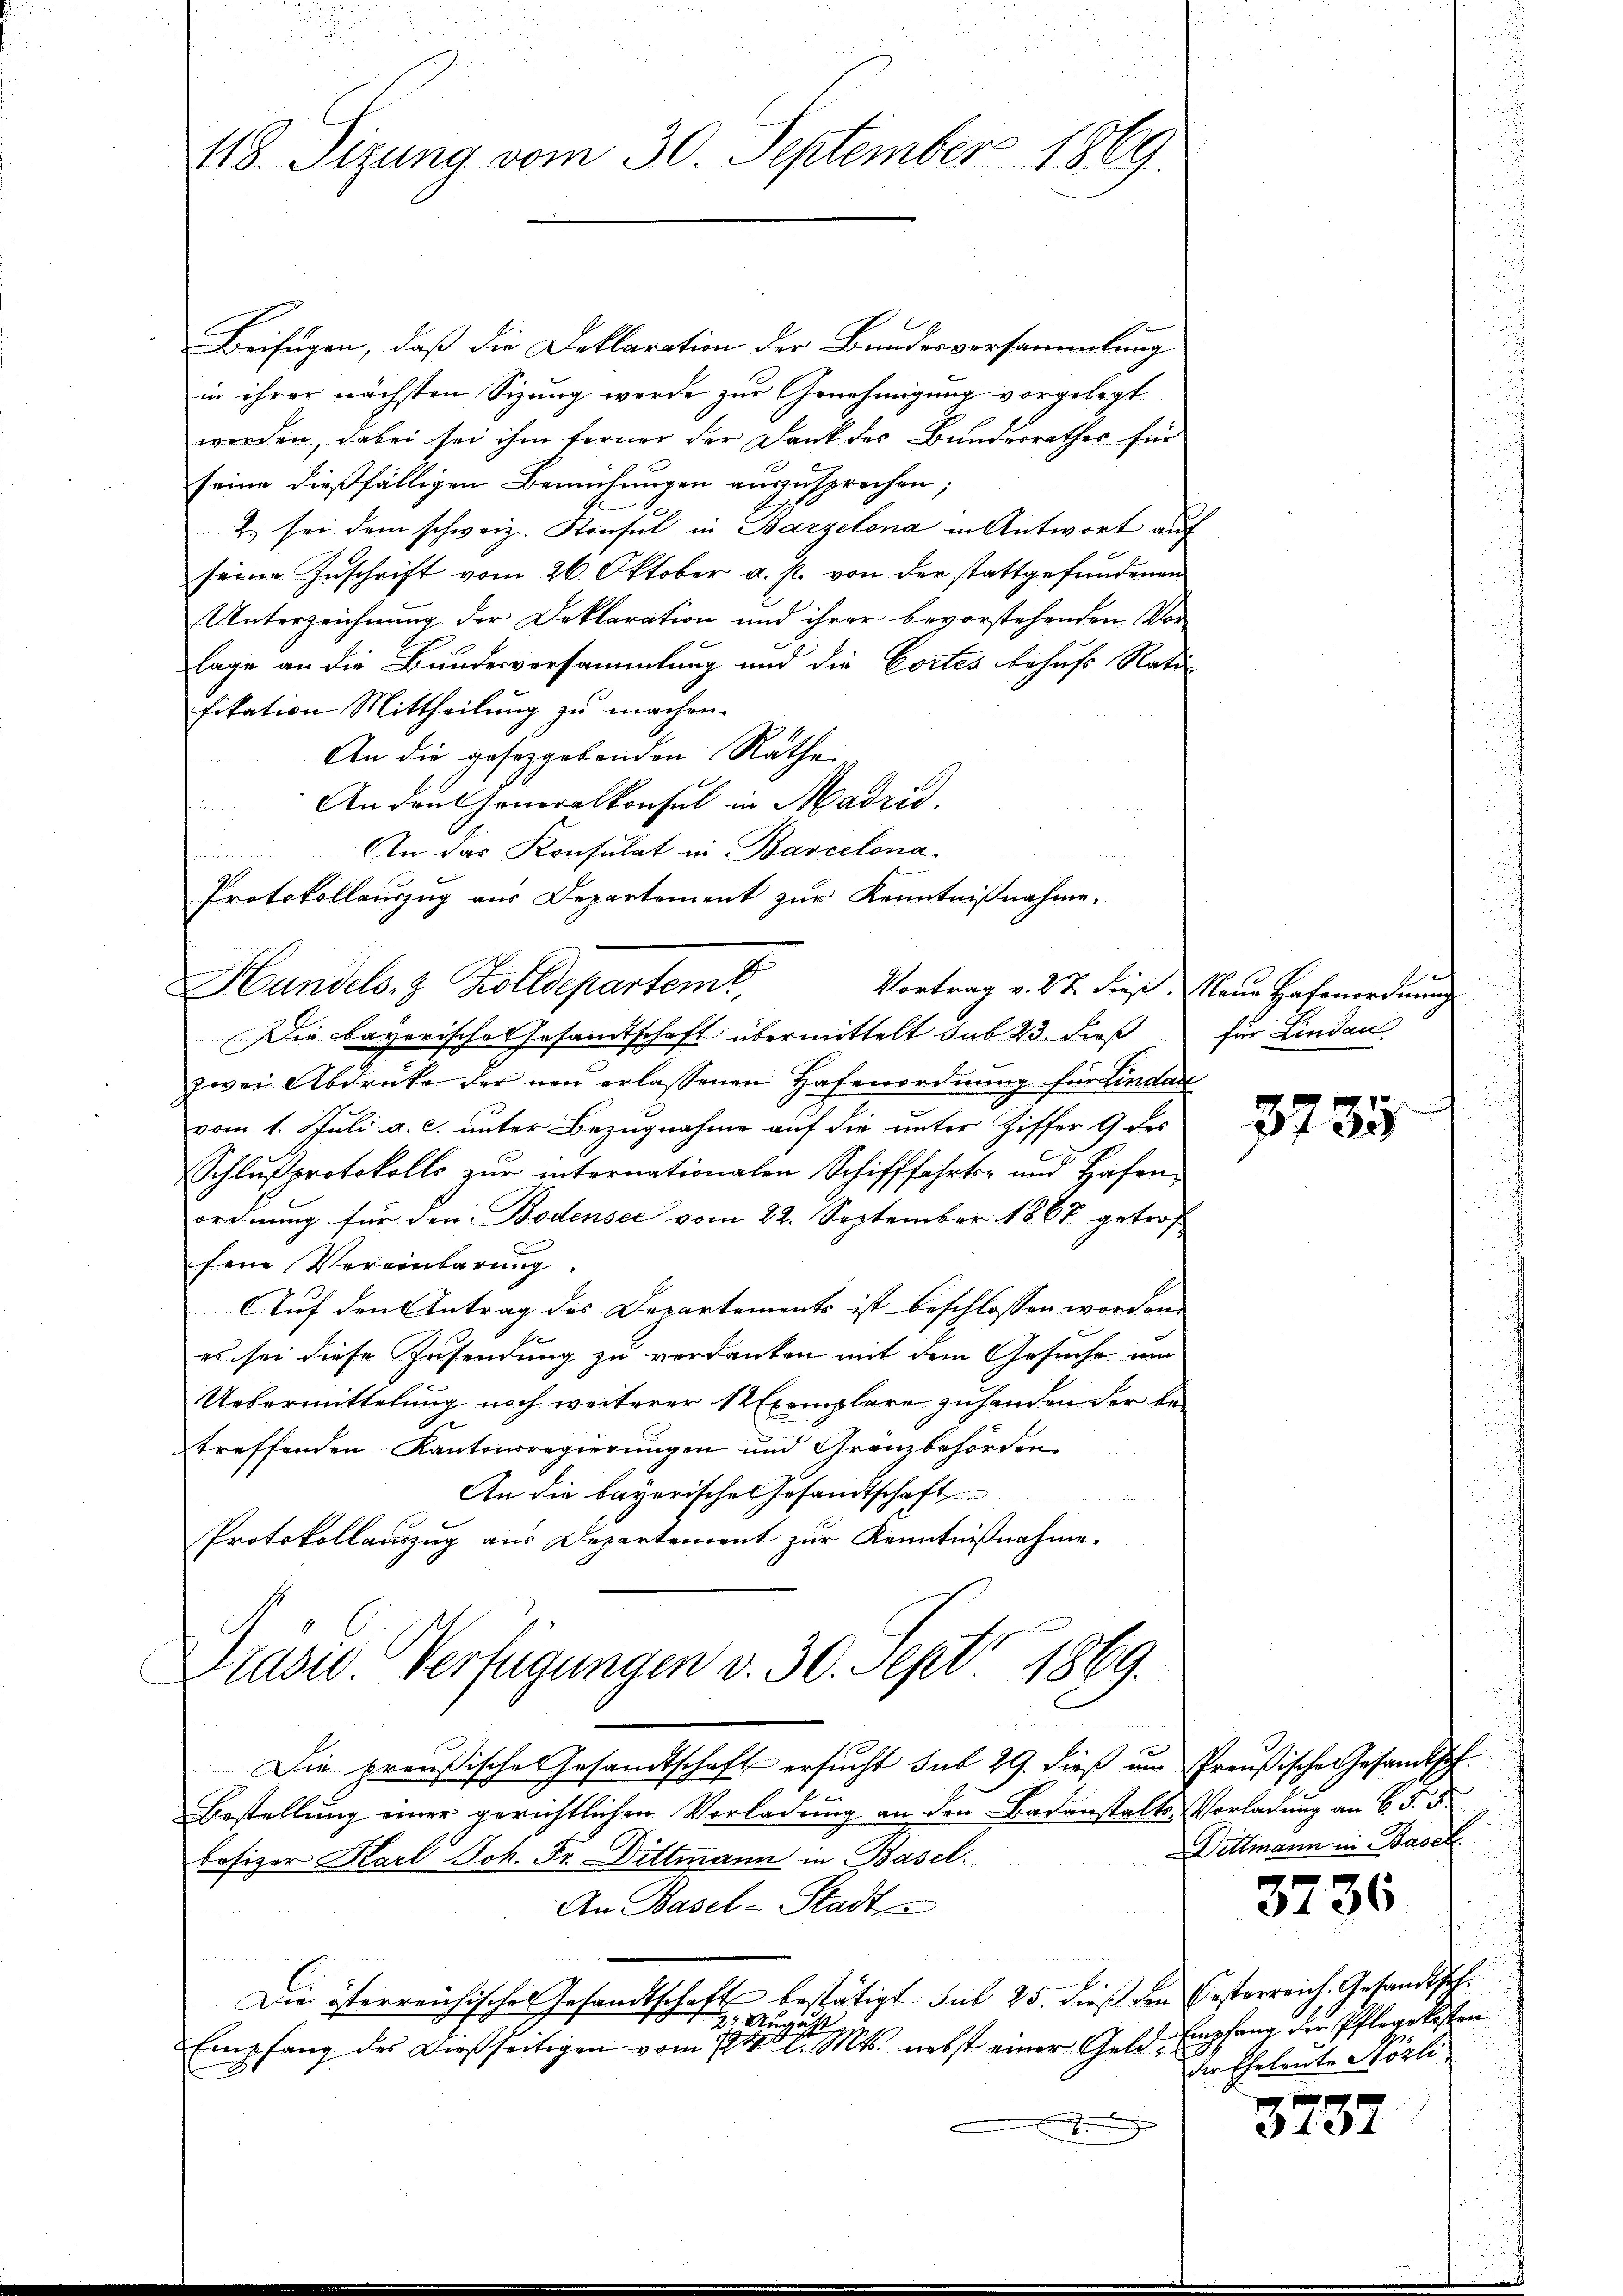
418. Sizung vom 30. September 1869.

Beifügen, daß die Deklaration der Bundesversammlung
in ihrer nächsten Sizung werde zur Genehmigung vorgelegt
worden, dabei sei ihm ferner der Dank des Bundesrathes für
seine dießfälligen Bemühungen auszusprechen;
2 sei dem schweiz. Konsul in Barzelona in Antwort auf
seine Zuschrift vom 26. Oktober a. p. von der stattgefundenen
Unterzeichnung der Deklaration und ihrer bevorstehenden Vor-
lage an die Bundesversammlung und die Cortes behuf Ratifikation Mittheilung zu machen.
An die gesetzgebenden Rathe
An den Generalkonsul in Madrid.
An das Konsulat in Barcelona¬
Protokollauszug aus Departement zur Kenntnißnahme.
Handels- & Zolldepartemt,
Die bayerische Gesandtschaft übermittelt sub 23. dieß
zwei Abdrücke der neu erlassenen Hafenordnung für Lindarl
vom 1. Juli a. c. unter Bezugnahme auf die unter Ziffer 9 des
Schlußprotokolls zur intornationalen Schifffahrts- und Hafenordnung für den Bodensee vom 22. September 1867 getroff
fene Vereinbarung
Auf den Antrag des Departements ist beschlossen worden.
es sei diese Zusendung zu verdanken mit dem Gesuche um
Uebermittelung noch weiterer 12 Exemplare zuhanden der bed
treffenden Kantonsregierungen und Gränzbehörden.
An die bayerisches Gesandtschaft
Protokollauszug aus Departement zur Kenntnißnahme.
Diadw. Verfügungen v. 30. Sept 1869.
Die preußische Gesandtschaft ersucht sub 29. dieß uns Preußische Gesandtsch¬
Bestellung einer gerichtlichen Vorladung an den Badanstalts-Vorladung an C. F. S.
Fofizer Karl Joh. Fr. Dittmann in Basel.
An Basel-Stadt
Die österreichisches Gesandtschaft bestätigt sub 25. dieß den Oesterreich. Gesandtsel.
2 August,
Empfang des dießseitigen vom 1840 l. Mts. nebst einer Geld¬
I

2
Vortrag v. 27. dieß. Neue Hafenordnung
für Lindau

3735

Dittmann in Basel.

3736

empfang der Pflegekosten
Der Eheleute Hörli

3732